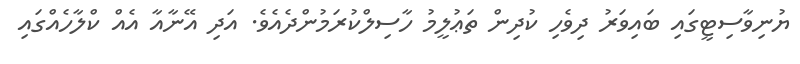
ޔުނިވާސިޓީގައި ބައިވަރު ދިވެހި ކުދިން ތަޢުލީމު ހާސިލްކުރަމުންދެއެވެ. އަދި އޭނާއާ އެއް ކްލާހެއްގައި